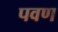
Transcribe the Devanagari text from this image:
पवण